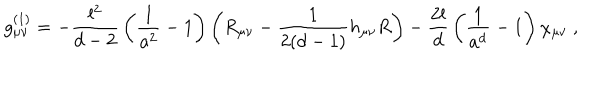
LaTeX: g _ { \mu \nu } ^ { ( 1 ) } = - { \frac { l ^ { 2 } } { d - 2 } } \left( { \frac { 1 } { a ^ { 2 } } } - 1 \right) \left( R _ { \mu \nu } - { \frac { 1 } { 2 ( d - 1 ) } } h _ { \mu \nu } R \right) - { \frac { 2 l } { d } } \left( { \frac { 1 } { a ^ { d } } } - 1 \right) \chi _ { \mu \nu } \ ,